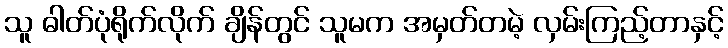
သူ ဓါတ်ပုံရိုက်လိုက် ချိန်တွင် သူမက အမှတ်တမဲ့ လှမ်းကြည့်တာနှင့်